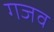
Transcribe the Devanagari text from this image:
गजव